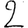
Digit: 2